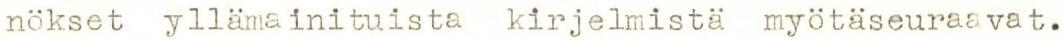
nökset yllämainituista kirjelmistä myotäseuraavat.